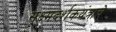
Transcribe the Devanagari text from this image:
सूक्ष्मदर्शकयंत्राचे